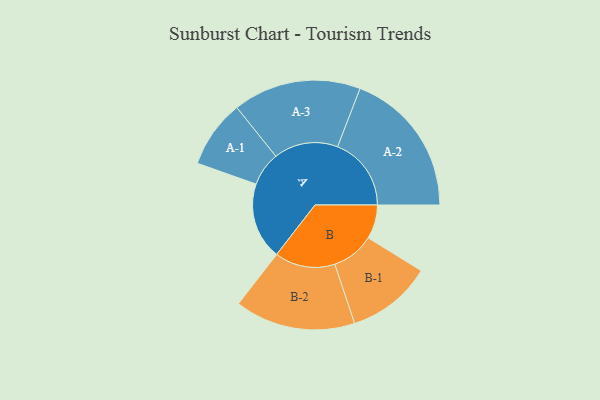
{"axis": {"x": "Segment", "y": "Value"}, "legend": ["", "A", "B"], "data": [{"x": "A", "y": 303, "type": ""}, {"x": "B", "y": 134, "type": ""}, {"x": "A-1", "y": 134, "type": "A"}, {"x": "A-2", "y": 291, "type": "A"}, {"x": "A-3", "y": 253, "type": "A"}, {"x": "B-1", "y": 168, "type": "B"}, {"x": "B-2", "y": 238, "type": "B"}]}